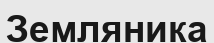
Земляника